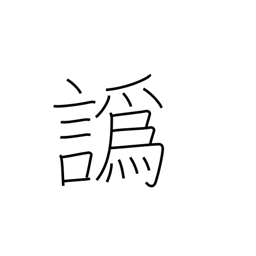
Meaning: accent